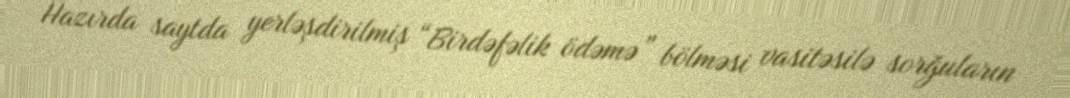
Hazırda saytda yerləşdirilmiş “Birdəfəlik ödəmə” bölməsi vasitəsilə sorğuların